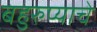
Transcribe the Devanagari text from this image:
बहुरुप्याचे